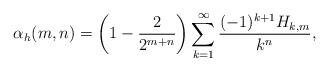
LaTeX: \begin{align*} \alpha_h(m,n) = \left(1- \frac{2}{2^{m+n}}\right) \sum_{k=1}^{\infty} \frac{(-1)^{k+1} H_{k,m}}{k^n},\end{align*}